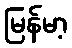
မြန်မာ့